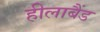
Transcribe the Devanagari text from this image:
हीलाबैंड